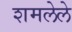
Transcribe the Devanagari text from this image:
शमलेले